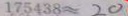
1 7 5 4 3 8 \approx 2 0